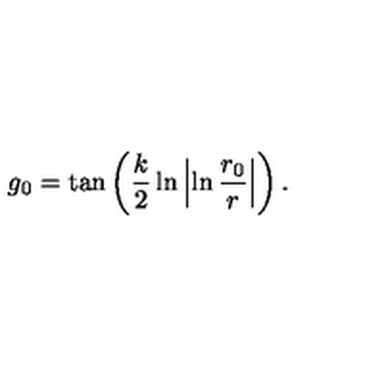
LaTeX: g _ { 0 } = \tan \left( \frac { k } { 2 } \ln \left| \ln \frac { r _ { 0 } } { r } \right| \right) .